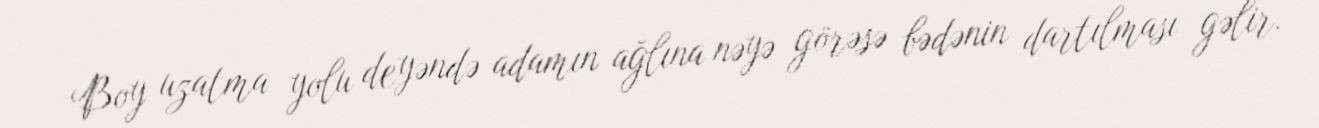
Boy uzatma yolu deyəndə adamın ağlına nəyə görəsə bədənin dartılması gəlir.